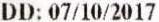
DD: 07/10/2017